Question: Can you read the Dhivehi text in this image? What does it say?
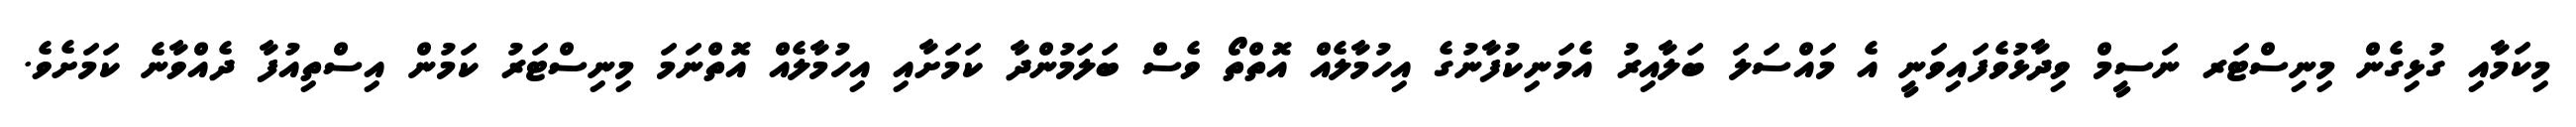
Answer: މިކަމާއި ގުޅިގެން މިނިސްޓަރ ނަސީމް ވިދާޅުވެފައިވަނީ އެ މައްސަލަ ބަލާއިރު އެމަނިކުފާނުގެ އިހުމާލެއް އޮތްތޯ ވެސް ބަލަމުންދާ ކަމަށާއި އިހުމާލެއް އޮތްނަމަ މިނިސްޓަރު ކަމުން އިސްތިއުފާ ދެއްވާނެ ކަމަށެވެ.